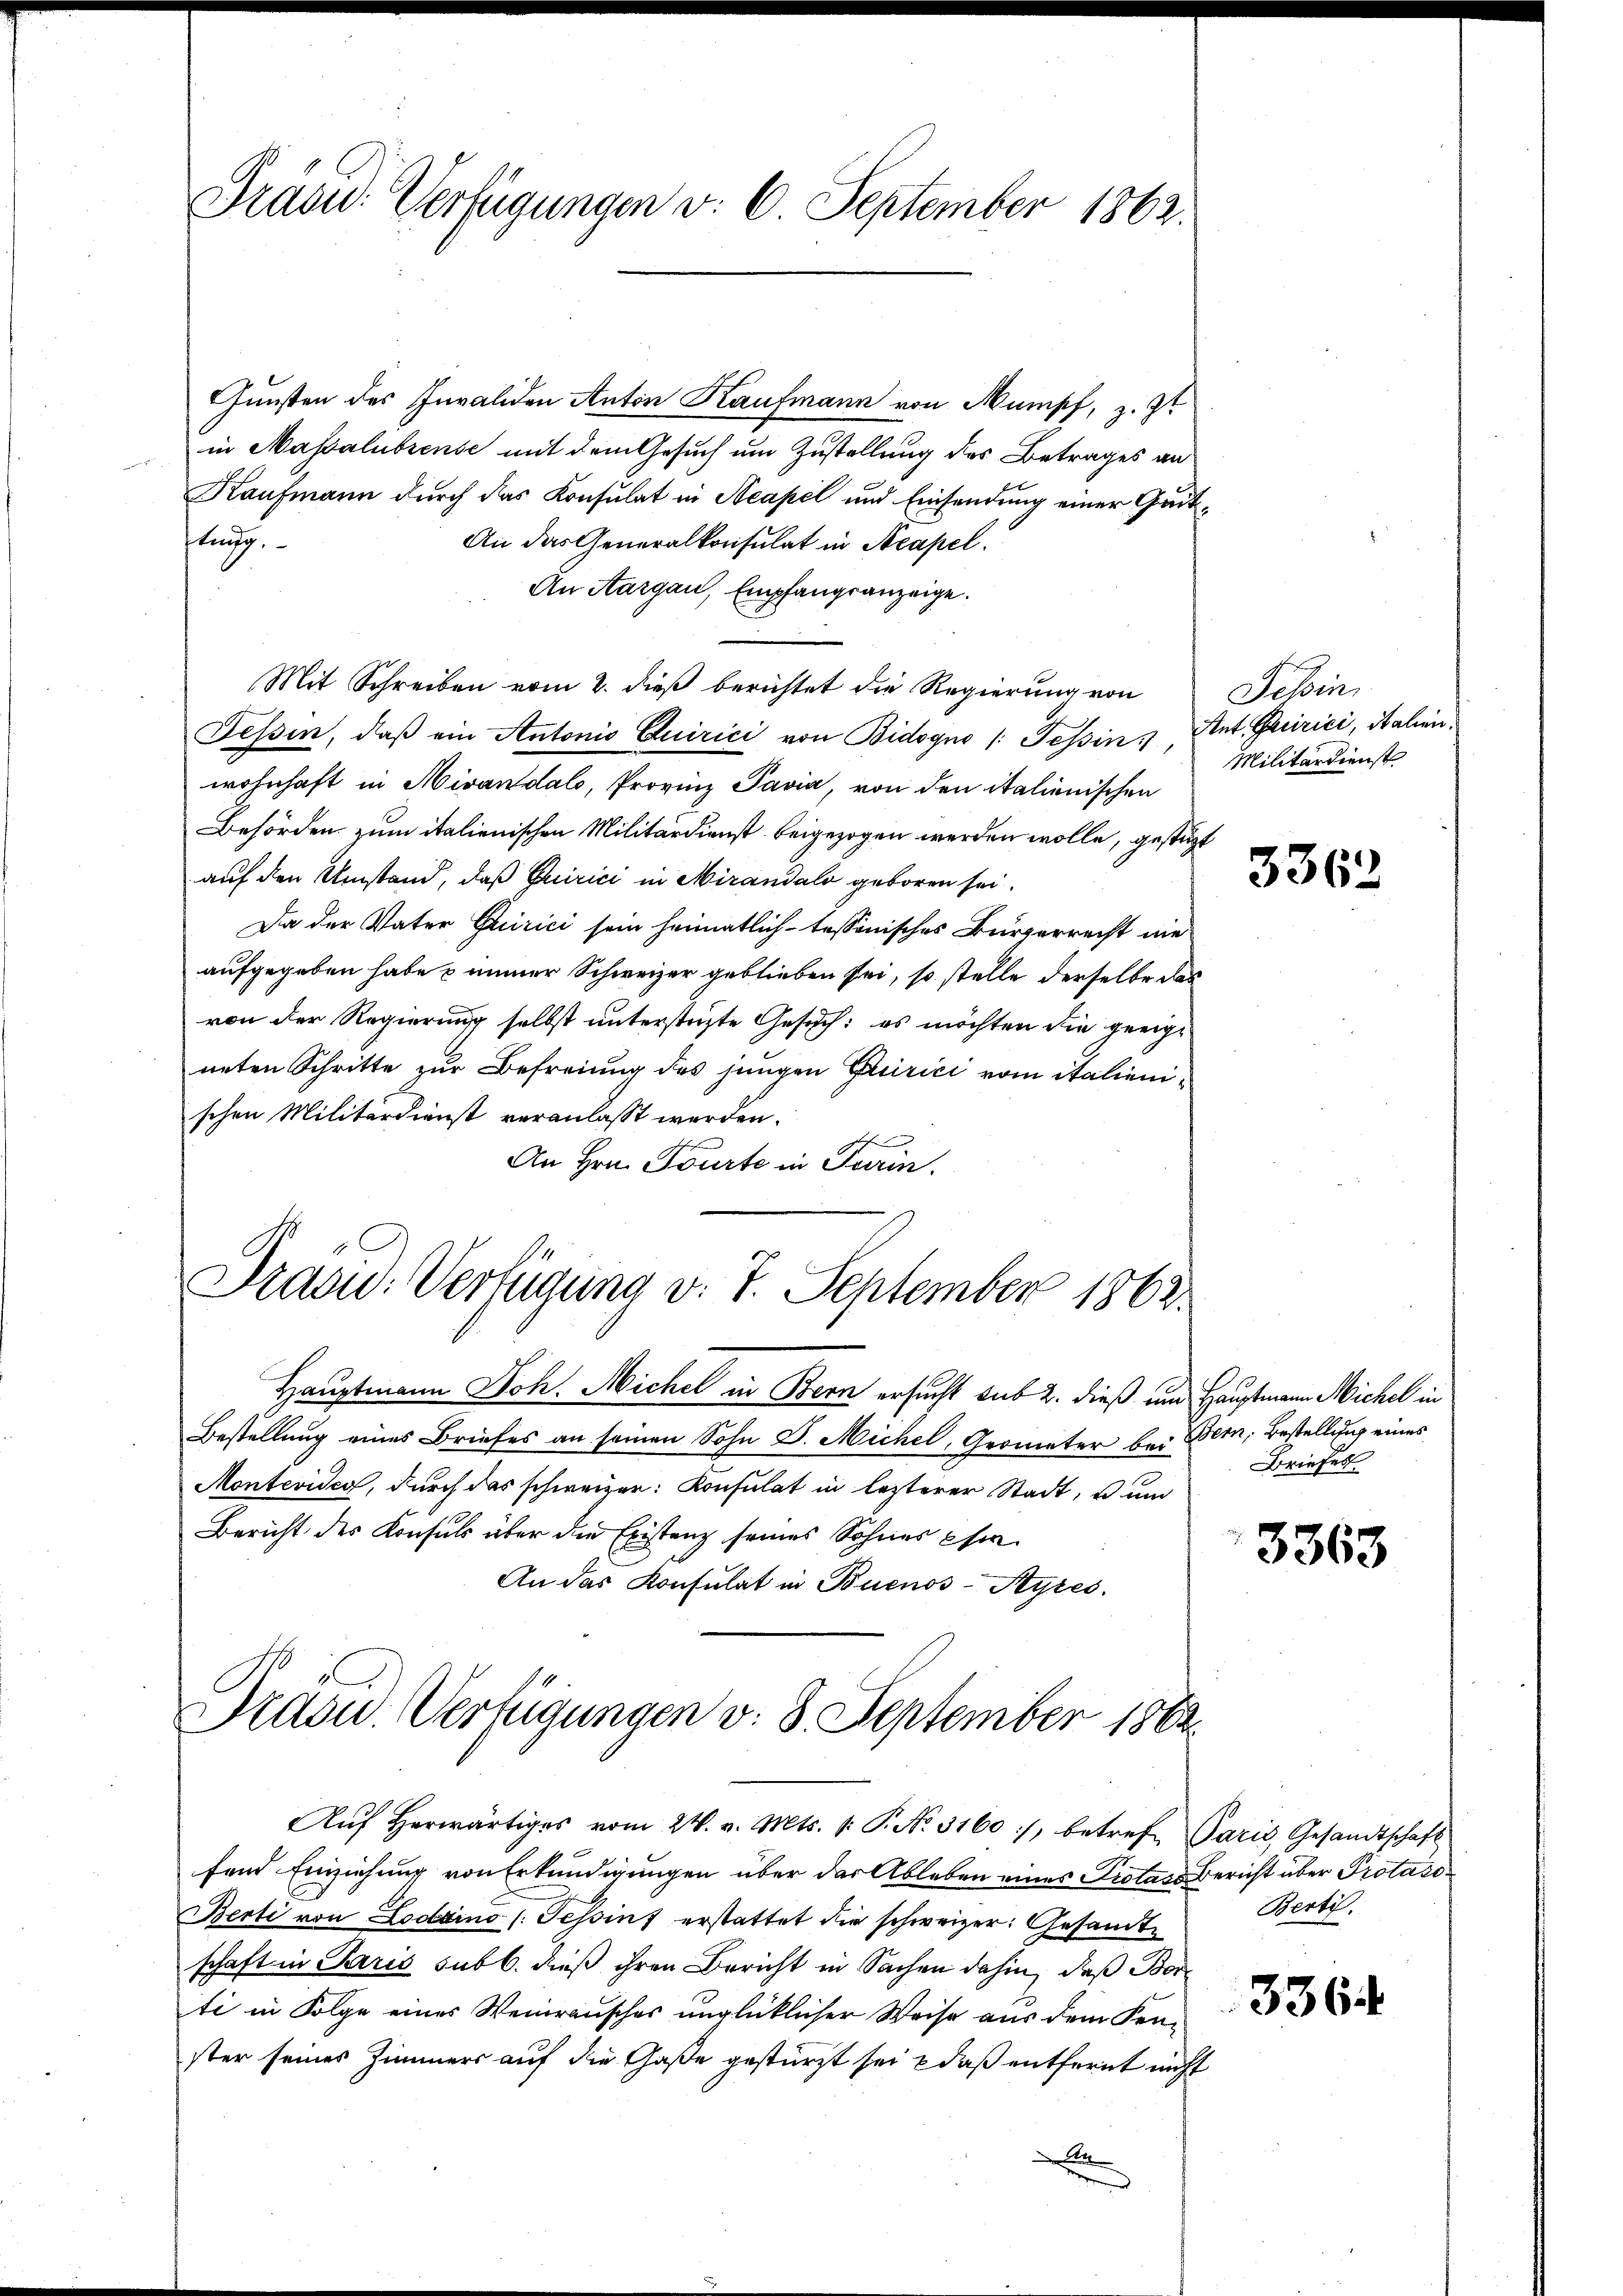
Präsid. Verfügungen d. 6 September 1862.

Gunsten des Invaliden Anton Kaufmann von Mumpf, z. Zt
in Massalubrense mit dem Gesuch um Zustellung des Betrages an
Kaufmann durch das Konsulat in Neapel und Einsendung einer Quitstung.
An das Generalkonsulat in Neapel.
An Aargau, Empfangsanzeige.
Mit Schreiben vom 2. dieß berichtet die Regierung von
Tessin, daβ ein Antonio Quirici von Bidogno /: Tessin Ant. Quirici, italien
wohnhaft in Mivandalo, Provinz Pavia, von den italienischen
Behörden zum italienischen Militärdienst beigezogen werden wolle, gestüzt
auf den Umstand, daß Quirici in Mirandalo geboren sei.
Da der Vater Quirici sein heimatlichtessinisches Bürgerrecht nie
aufgegeben habe u immer Schweizer geblieben sei, so stelle derselbe das
von der Regierung selbst unterstüzte Gesuch: es möchten die geeige
neten Schritte zur Befreiung des jungen Curici vom italienischen Militärdienst veranlasst werden.
An Hrn. Tourte in Turin.

Dracu: Verfügung v. 7. September 1862.

Hauptmann Joh. Micher in Bern ersucht sub 2. dieß und Hauptmann Michel in
Bestellung eines Briefes an seinen Sohn D. Michel, Geometer bei
Montevides, durch das schweizer: Konsulat in lezterer Stadt, u. und
Bericht des Konsuls über die Existanz seines Sohnes ehe
An das Konsulat in Buenos-Ayres.

Präsid.. Verfügungen v. 8. September 1863.
Aŭf herwärtiges vom 24. v. Mts. v. P. No. 3160:), betrefe Paris, Gesandtschaft

fend Einziehung von Erkundigungen über der Ableben eines Protass Bericht über Protoco
Berti von Locarno (Tessint erstattet die schweizer: Gesandtschaft in Paris sub b. dieß ihren Bericht in Sachen dahin, daß Borti in Folge eines Weinrausches unglücklicher Weise aus dem Kon-
ster seines Zimmers auf die Gaße gestürzt sei & daß entfernt nicht
x

Jehin
Militärdienst

3362

Bern, Bestellung eines
Briefer

3363

Berti.

3364